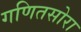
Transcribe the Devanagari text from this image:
गणितसोरा